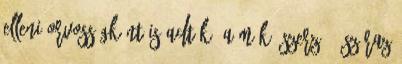
elleni orvosságként is adták. A mák. Szerző : Száraz